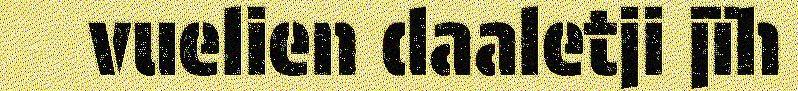
vuelien daaletji jïh